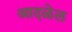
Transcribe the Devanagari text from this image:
आदळेल